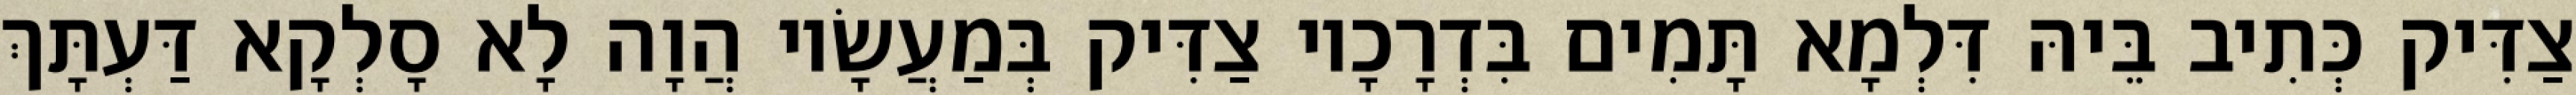
צַדִּיק כְּתִיב בֵּיהּ דִּלְמָא תָּמִים בִּדְרָכָיו צַדִּיק בְּמַעֲשָׂיו הֲוָה לָא סָלְקָא דַּעְתָּךְ